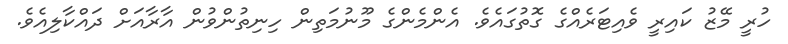
ހުރީ މޭޒު ކައިރީ ވެއިޓަރެއްގެ ގޮތުގައެވެ. އެންމެންގެ މޫނުމަތިން ހިނިތުންވުން އާރާއަށް ދައްކާލިއެވެ.